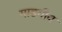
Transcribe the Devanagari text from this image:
गाडगीय